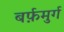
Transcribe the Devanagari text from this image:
बर्फ़मुर्ग